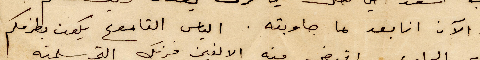
لحد الآن انا بعد ما جاوبته. الياس القاموع يكون بطرفكم